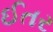
ઈતર